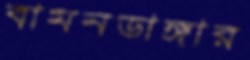
বামনডাঙ্গার